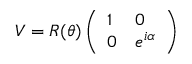
V = R ( \theta ) \left( \begin{array} { l l } { { 1 } } & { { 0 } } \\ { { 0 } } & { { e ^ { i \alpha } } } \end{array} \right)